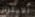
الابتزاز